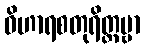
ဝိဟာရစတုရိတ္ထမ္ဗာ